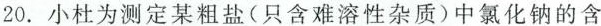
20.小杜为测定某粗盐(只含难溶性杂质)中氯化钠的含